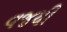
વજયી